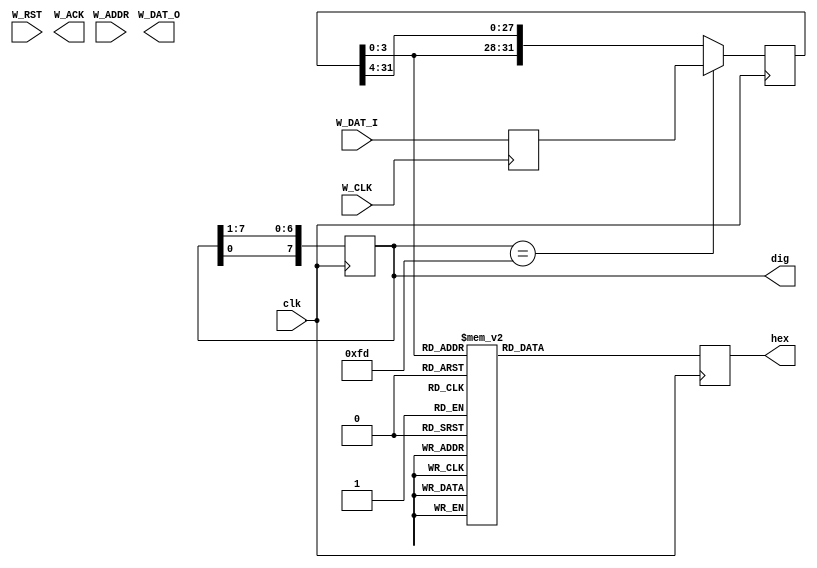
module DIGITS (
	input clk,

	// wishbone
	input W_RST,
	input W_CLK,
	input wire[31:0] W_ADDR,
	input wire[31:0] W_DAT_I,
	
	output reg[31:0] W_DAT_O,
	output wire W_ACK,
	
	output reg[7:0] hex,
	output reg[7:0] dig
);

parameter addr = 32'h0000_0000;

reg ack;
reg [31:0] data;
wire [3:0] char;
reg [31:0] new_data;

assign char = data[3:0];
assign W_ACK = ack;
initial
begin
	data = 32'h01234567;
	dig = ~8'b0000_0001;
end


always @(posedge W_CLK)
begin
	new_data = W_DAT_I;
end

always @(posedge clk)
begin
	if (dig == ~8'b0000_0010)
		data = new_data;
	else
		data = {data[3:0], data[31:4]};
		
	dig = {dig[0], dig[7:1]};
	case (char)
			0: hex<=8'b00000011;
			1: hex<=8'b10011111;
			2: hex<=8'b00100101;
			3: hex<=8'b00001101;
			4: hex<=8'b10011001;
			5: hex<=8'b01001001;  
			6: hex<=8'b01000001; 
			7: hex<=8'b00011111;
			8: hex<=8'b00000001;
			9: hex<=8'b00001001;
			10:hex<=8'b00010001;
			11:hex<=8'b11000001;
			12:hex<=8'b01100011;
			13:hex<=8'b10000101;
			14:hex<=8'b01100001;
			15:hex<=8'b01110001;
	endcase
end

endmodule